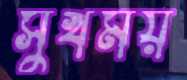
সুখময়